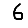
Digit: 6